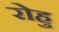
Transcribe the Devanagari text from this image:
रोहु